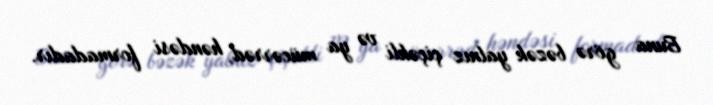
Buna görə bəzək yalnız çiçəkli və ya mücərrəd, həndəsi formadadır.